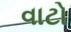
વાટો